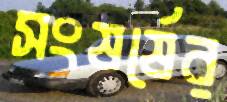
সংষর্ষের